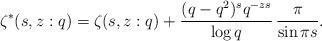
LaTeX: \begin{align*}\zeta^{*}(s,z:q) = \zeta(s,z:q) + \frac{(q-q^{2})^{s}q^{-zs}}{\log q} \, \frac{\pi}{\sin \pi s}.\end{align*}